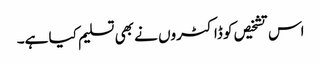
اس تشخیص کو ڈاکٹروں نے بھی تسلیم کیا ہے۔